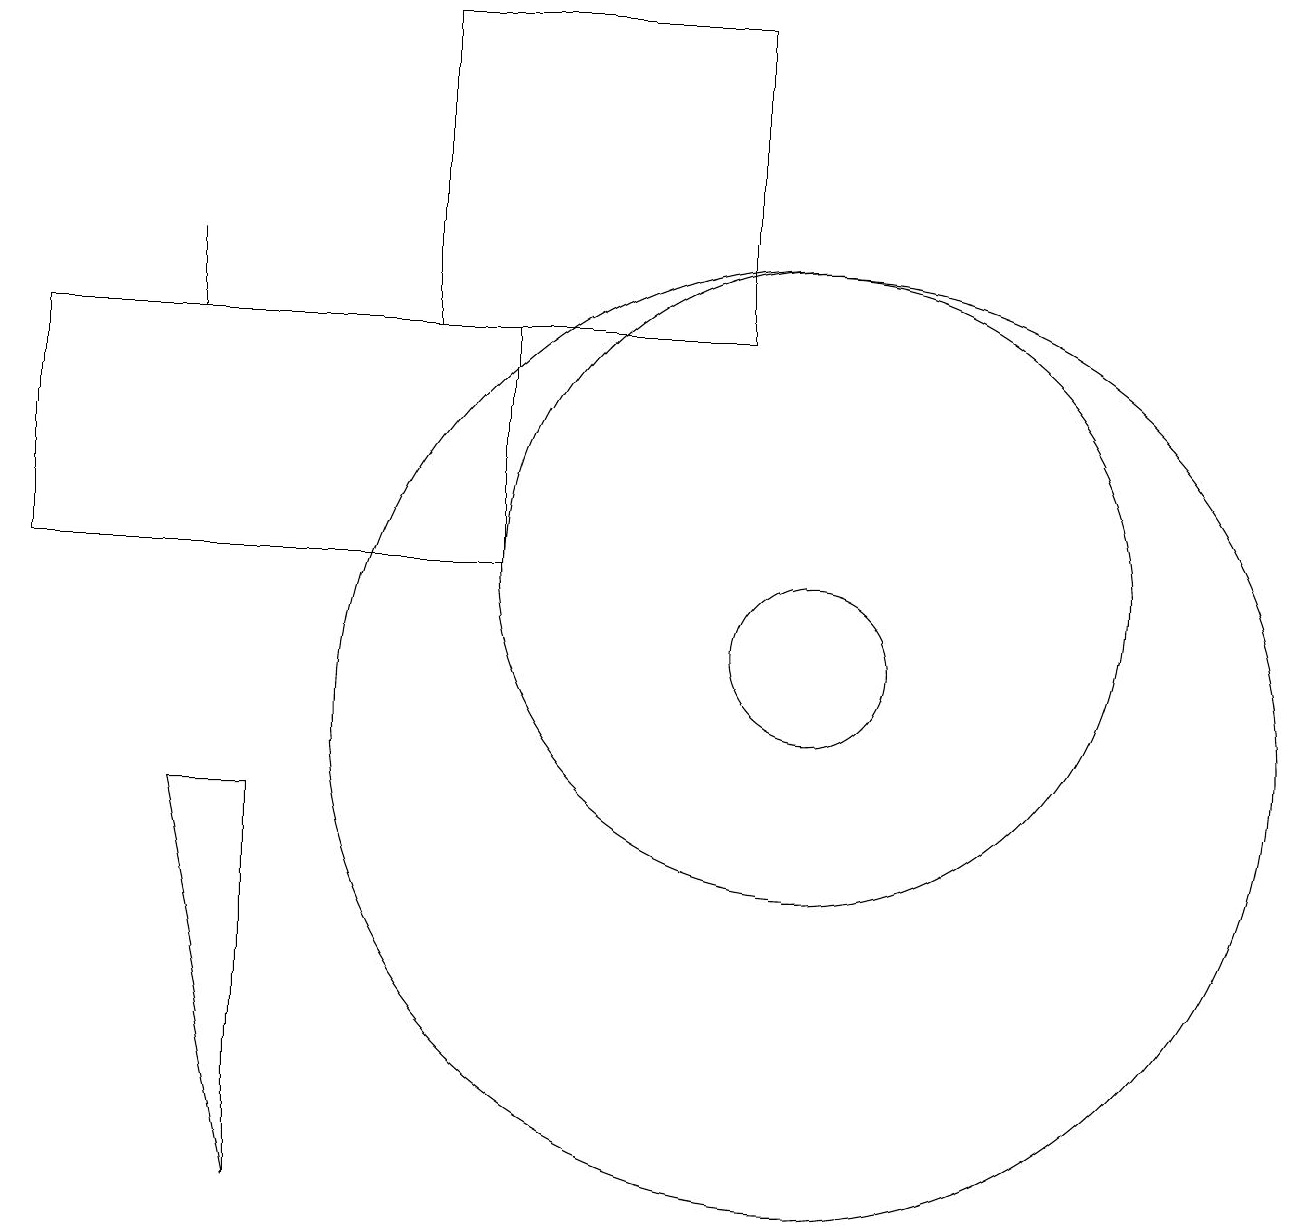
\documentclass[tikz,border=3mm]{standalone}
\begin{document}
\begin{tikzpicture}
\draw (5,19) rectangle (9,15);
\draw (2,15) rectangle (2,16);
\draw (6,15) rectangle (0,12);
\draw (10,11) circle (1);
\draw (10,10) circle (6);
\draw (10,12) circle (4);
\draw (3,9) -- (2,9) -- (3,4) -- cycle;
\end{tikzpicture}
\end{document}